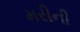
મરીની